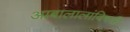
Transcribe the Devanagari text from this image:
आबालालांविषयी